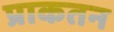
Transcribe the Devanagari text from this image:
प्राकतन